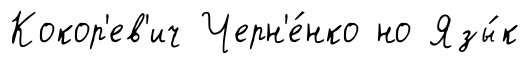
Кокор'ев'ич Черн'е́нко но Язы́к